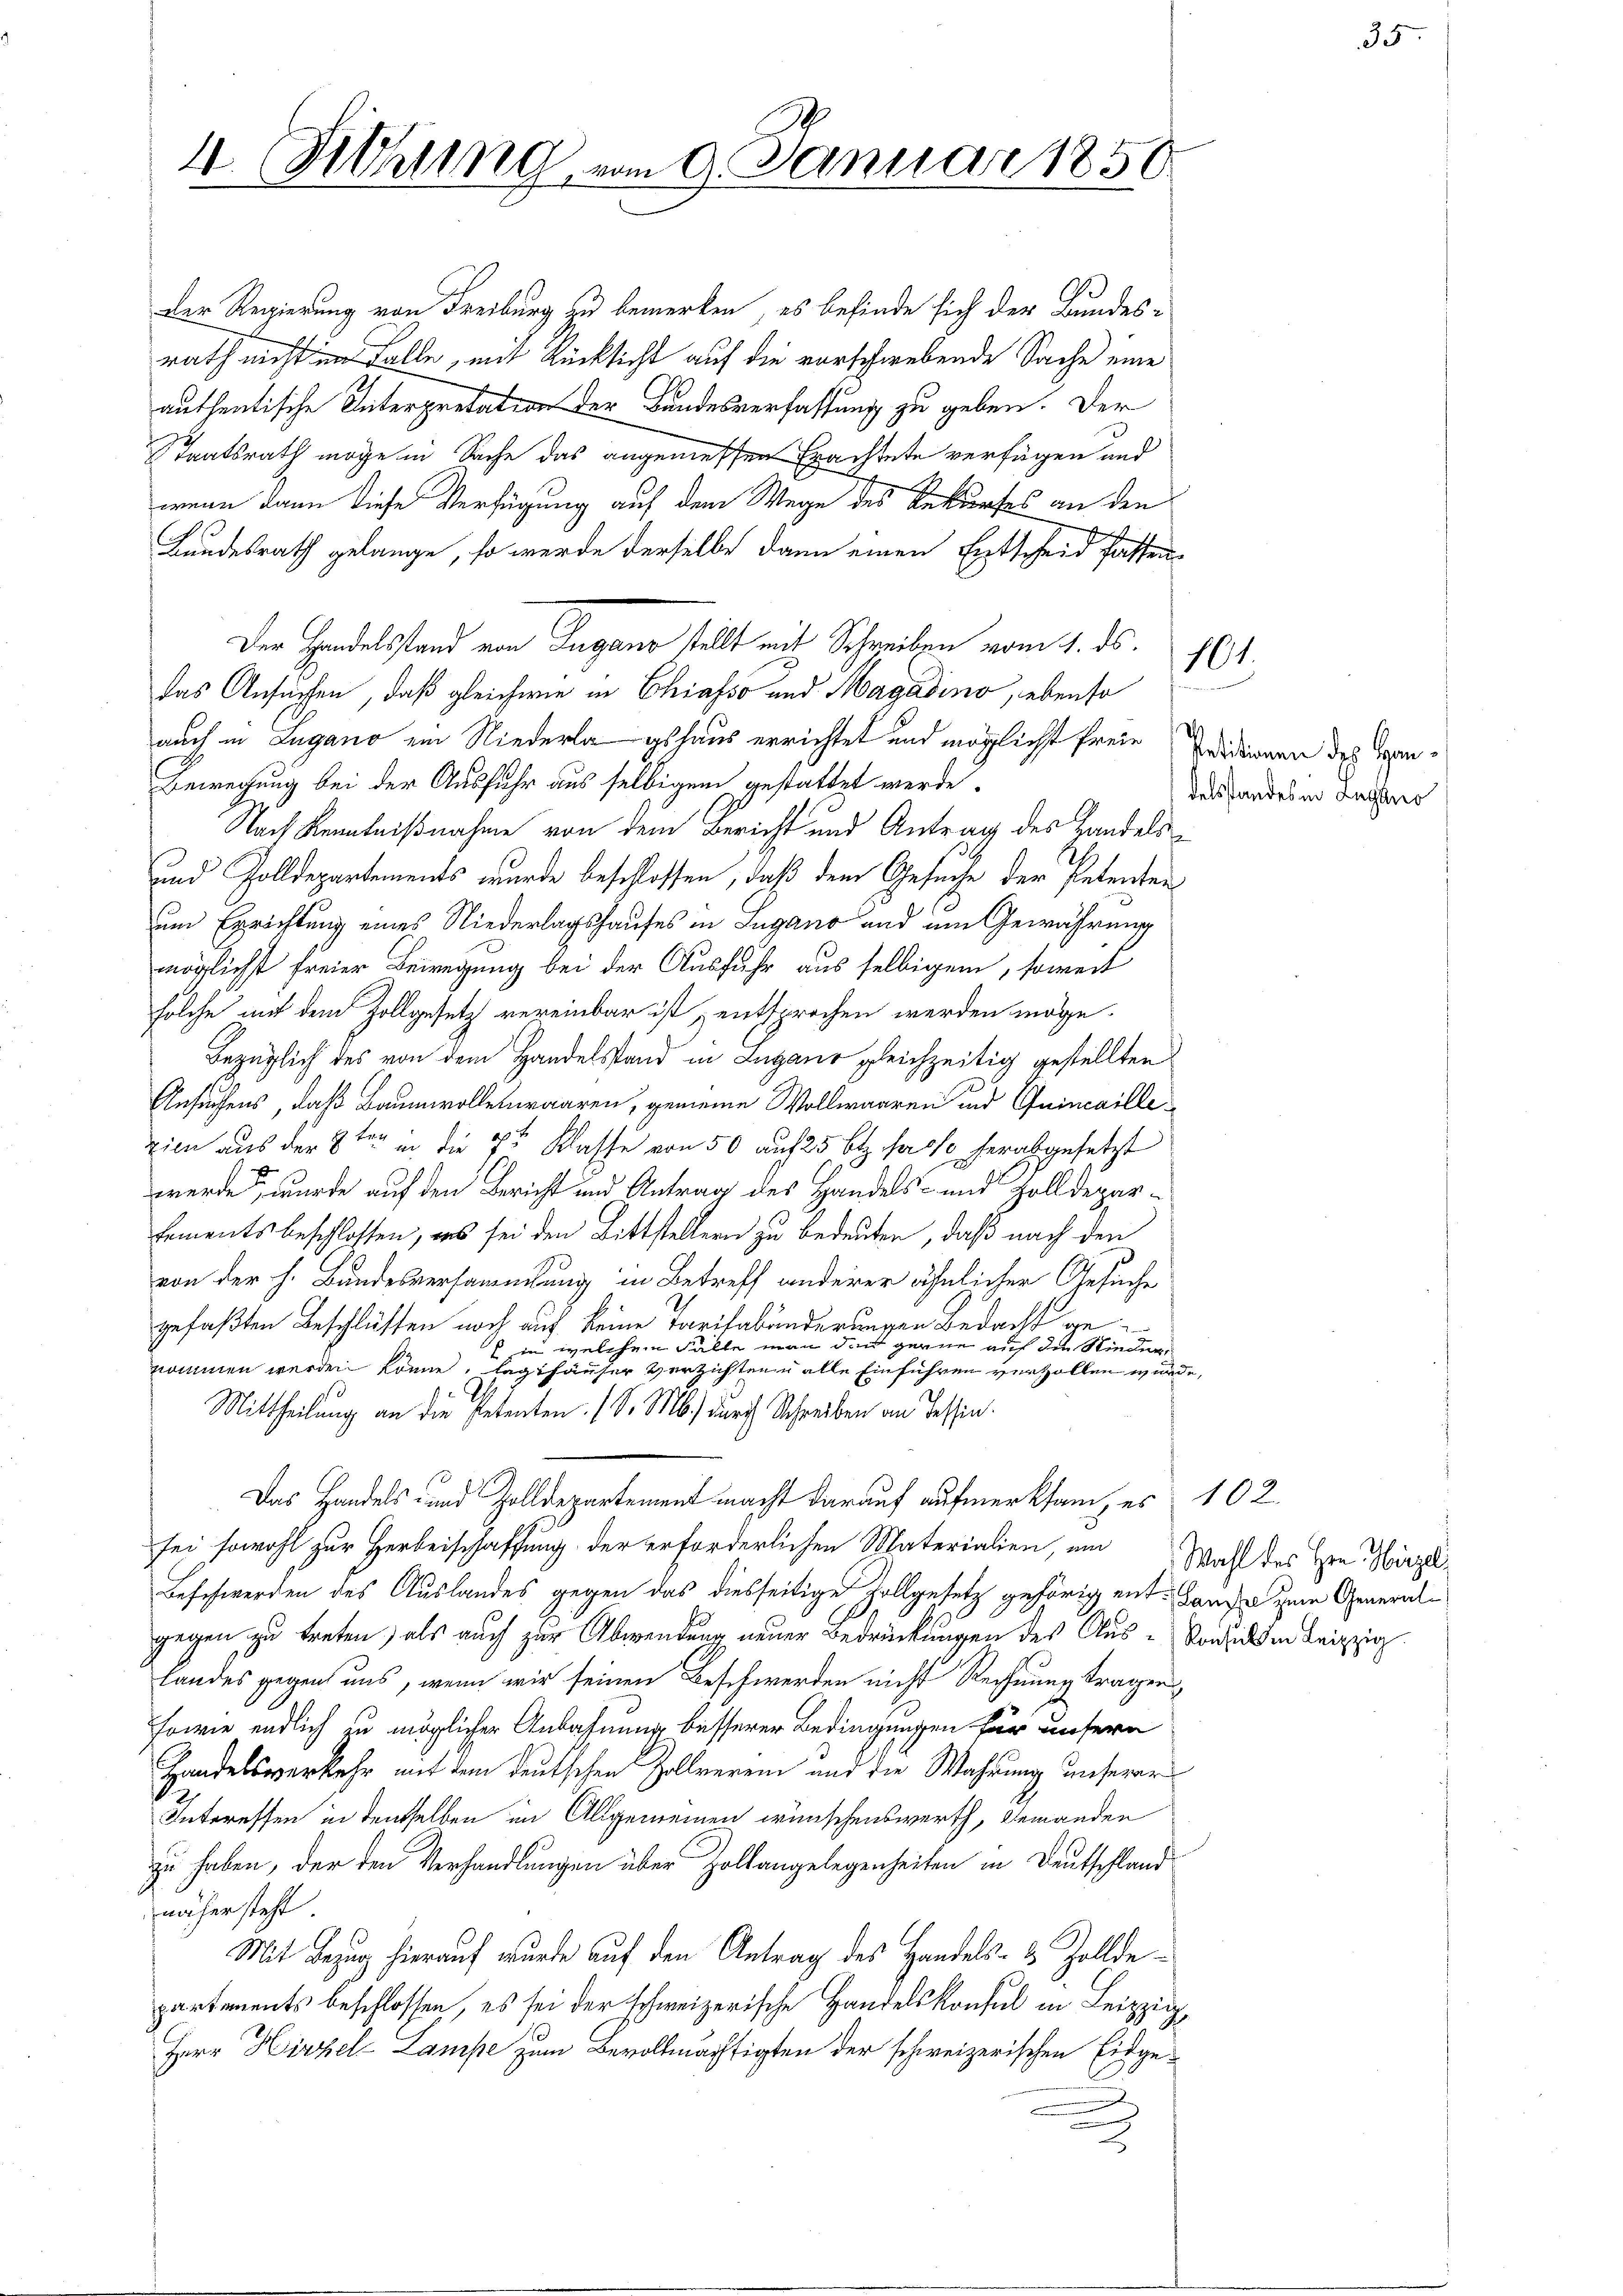
4. (Siehung vom 9. Januar 1856

Der Regierung von Freiburg zu bemerken, es befinde sich der Bundes-
rath nicht im Falle, mit Rücksicht auf die vorschwebende Sache eine
authentische Interpretation der Bundesverfassung zu geben. Der
Staatsrath möge in Sache das angemessen Erachtete verfügen und
wenn dann diese Verfügung auf dem Wege des Rekurses an den
b
d
Bundesrath gelange, so werde derselbe dann einen Entscheid fassen
Der Handelsstand von Lugano stellt mit Schreiben vom 1. ds.
das Ansuchen, daß gleichwie in Chiasso und Magasino, ebenso
auch in Lugano ein Niederlagshaus errichtet und möglichst freie Editionen des Han¬
Bewegung bei der Ausfuhr aus selbigem gestattet werde,
Nach Kenntnißnahme von dem Bericht und Antrag des Handels¬
und Zolldepartements wurde beschlossen, daß dem Gesuche der Petenten
um Errichtung eines Niederlagshauses in Lugano und im Gewährung
möglichst freier Bewegung bei der Ausfuhr aus selbigem, soweit
solche mit dem Zollgesetz vereinbar ist, entsprochen werden möge.
Bezüglich des von dem Handelsstand in Lugano gleichzeitig gestellten
Ansuchens, daß Baumwolleteraaren, gemeine Wollwaaren und Quincaillezien aus der 8ten in die 7r Klasse von 50 auf 25 Btz. sasse herabgesetzt
werde, wurde auf den Bericht und Antrag des Handels- und Zolldepartementsbeschlossen, was sei den Bittstellern zu bedeuten, daß nach den
von der h. Bundesversammlung in Betreff anderer ähnlicher Gesuche
gefaßten Beschlüssen noch auf keine Tarifabänderungen Bedacht ge¬
 in welchem Falle man den gerne auf die Niedernommen werden könne, lagshäuser Verzichten u alle Einführen verzollen wurde,
Mittheilung an die Petenten. (S. M. durch Schreiben am Tessin.
Das Handels- und Zolldepartement macht darauf aufmerksam, es 102.
sei sowohl zur Herbeischaffung der erforderlichen Materialien, um
Beschwerden des Auslandes gegen das diesseitige Vollgesetz gehörig ent-Canze zum Generalgegen zu treten, als auch zur Abwendung neuer Bedrückungen des Aus-Vorsich den Beizig
landes gegen uns, wenn wir seinen Beschwerden nicht Rechnung tragen
sowie endlich zu möglicher Anbahnung besserer Bedingungen für unsern
Handelsverkehr mit dem deutschen Zollverein und die Wahrung unserer
Interessen in denselben im Allgemeinen wünschenswerth, Jemanden
zu haben, der den Verhandlungen über Hollangelegenheiten in Deutschland
näher steht
Mit Bezug hierauf wurde auf den Antrag des Handels- & Zolldepartements beschlossen, es sei der schweizerische Handelskonsul in Leipzig
Herr Hirzel-Lampe zum Bevollmächtigten der schweizerischen Eidge¬
2

u

delsstandes in Lugano

101.

Wahl des Hrn. Hirzel

35.